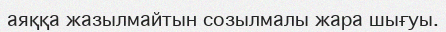
аяққа жазылмайтын созылмалы жара шығуы.